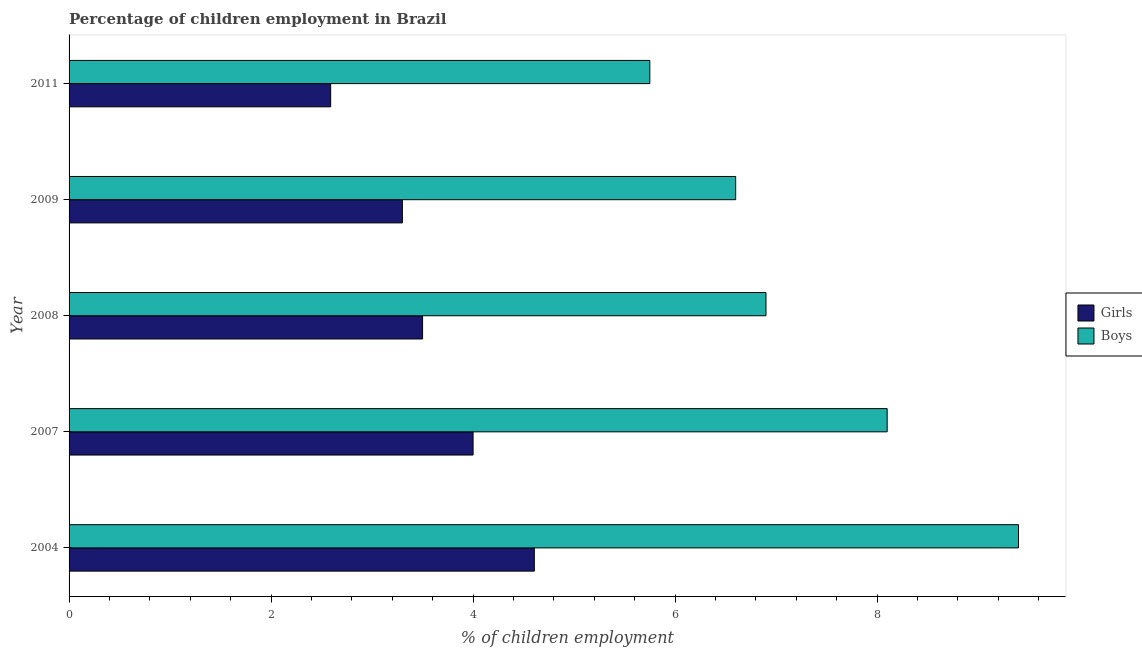
| Year | Girls | Boys |
 | --- | --- | --- |
 | 2004 | 4.61 | 9.4 |
 | 2007 | 4 | 8.1 |
 | 2008 | 3.5 | 6.9 |
 | 2009 | 3.3 | 6.6 |
 | 2011 | 2.59 | 5.75 |